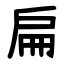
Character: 扁